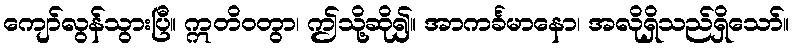
ကျော်လွန်သွားပြီ။ ဣတိဝတွာ၊ ဤသို့ဆို၍။ အာကင်္ခမာနော၊ အလိုရှိသည်ရှိသော်။